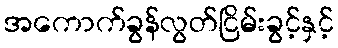
အကောက်ခွန်လွတ်ငြိမ်းခွင့်နှင့်